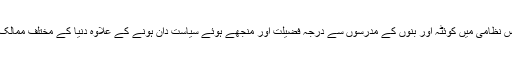
مولانا محمد خان شیرانی درس نظامی میں کوئٹہ اور بنوں کے مدرسوں سے درجہ فضیلت اور منجھے ہوئے سیاست دان ہونے کے علاوہ دنیا کے مختلف ممالک کا دورہ بھی کر چکے ہیں ۔